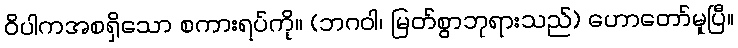
ဝိပါကအစရှိသော စကားရပ်ကို။ (ဘဂဝါ၊ မြတ်စွာဘုရားသည်) ဟောတော်မူပြီ။